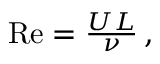
\begin{array} { r } { \mathrm { R e } = \frac { U L } { \nu } \, , } \end{array}